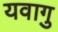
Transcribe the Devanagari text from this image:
यवागु